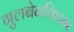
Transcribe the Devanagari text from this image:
गुलबेनकिअन